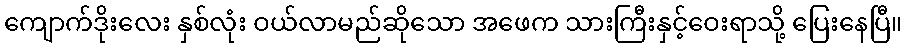
ကျောက်ဒိုးလေး နှစ်လုံး ဝယ်လာမည်ဆိုသော အဖေက သားကြီးနှင့်ဝေးရာသို့ ပြေးနေပြီ။